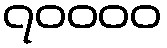
၇၀၀၀၀